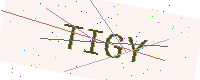
Text: TIGY